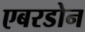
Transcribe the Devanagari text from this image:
एबरडोन